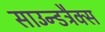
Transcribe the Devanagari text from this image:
साउन्डट्रैक्स